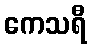
ကေသရီ